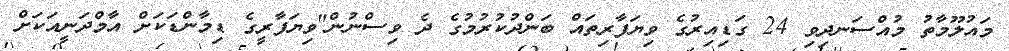
މައުލޫމާތު މުއްސަނދިވި 24 ގަޑިއިރުގެ ވިޔަފާރިތައް ބަންދުކުރުމުގެ ދެ ވިސްނުން"ވިޔަފާރީގެ ޑިމާންޑަކަށް އާމްދަނީއަކަށް